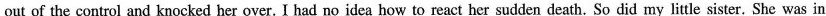
out of the control and knocked her over. I had no idea how to react her sudden death. So did my little sister. She was in